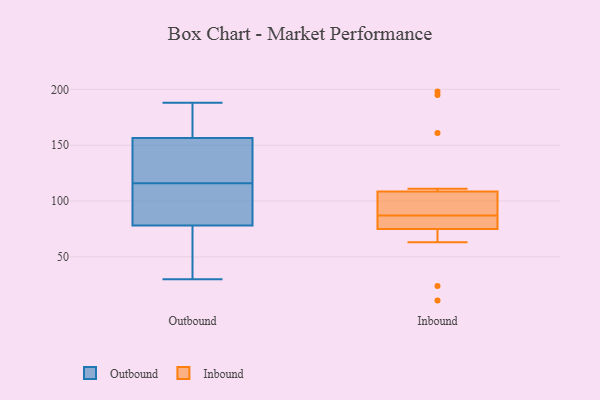
{"axis": {"x": "Humidity (%)", "y": "Value"}, "legend": ["Inbound", "Outbound"], "data": [{"x": "", "y": 162, "type": "Outbound"}, {"x": "", "y": 123, "type": "Outbound"}, {"x": "", "y": 57, "type": "Outbound"}, {"x": "", "y": 32, "type": "Outbound"}, {"x": "", "y": 133, "type": "Outbound"}, {"x": "", "y": 30, "type": "Outbound"}, {"x": "", "y": 151, "type": "Outbound"}, {"x": "", "y": 102, "type": "Outbound"}, {"x": "", "y": 166, "type": "Outbound"}, {"x": "", "y": 109, "type": "Outbound"}, {"x": "", "y": 99, "type": "Outbound"}, {"x": "", "y": 188, "type": "Outbound"}, {"x": "", "y": 195, "type": "Inbound"}, {"x": "", "y": 95, "type": "Inbound"}, {"x": "", "y": 111, "type": "Inbound"}, {"x": "", "y": 87, "type": "Inbound"}, {"x": "", "y": 73, "type": "Inbound"}, {"x": "", "y": 24, "type": "Inbound"}, {"x": "", "y": 92, "type": "Inbound"}, {"x": "", "y": 11, "type": "Inbound"}, {"x": "", "y": 198, "type": "Inbound"}, {"x": "", "y": 83, "type": "Inbound"}, {"x": "", "y": 87, "type": "Inbound"}, {"x": "", "y": 161, "type": "Inbound"}, {"x": "", "y": 63, "type": "Inbound"}, {"x": "", "y": 101, "type": "Inbound"}, {"x": "", "y": 81, "type": "Inbound"}]}